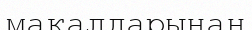
мақалдарынан